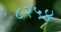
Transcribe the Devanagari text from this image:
८२५४